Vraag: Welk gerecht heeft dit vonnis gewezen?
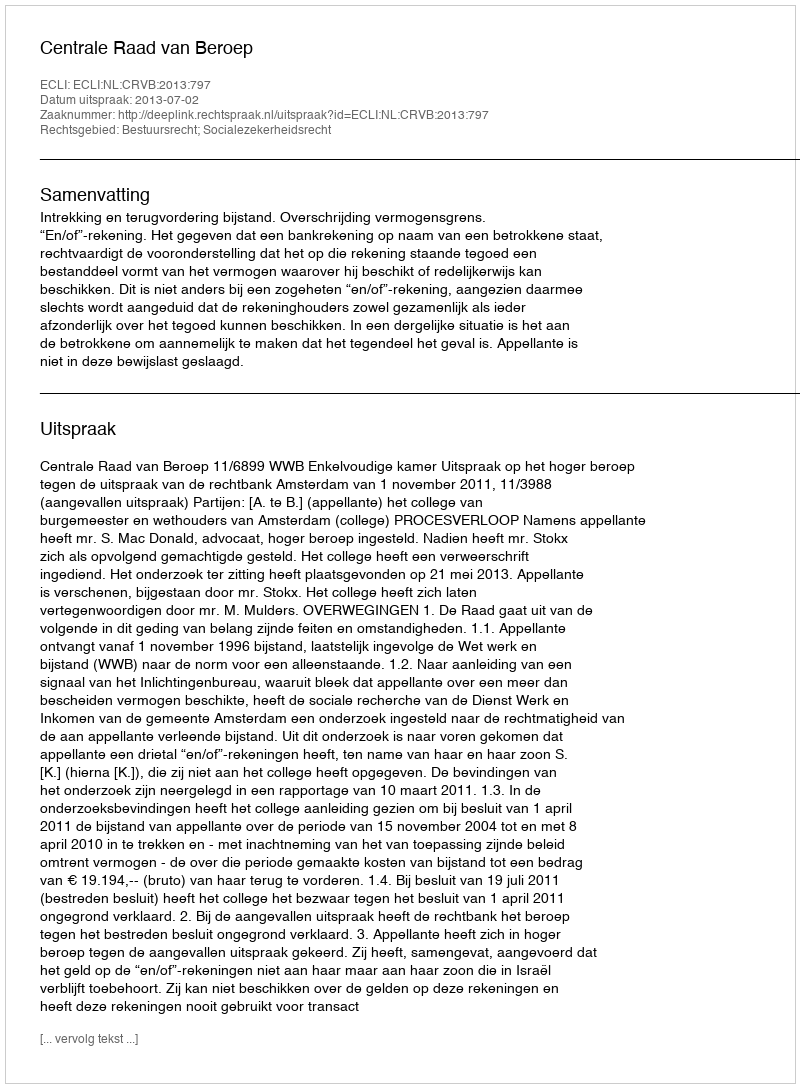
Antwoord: Centrale Raad van Beroep